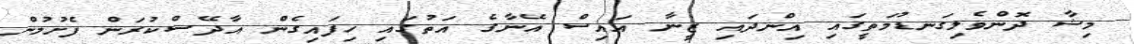
މިޝާ ދޮންވެލިގަނޑުމަތީގައި އިންދައި ޒީނާ އައިސް އޭނާގެ އަތުގައި ހިފައިގެން އާދޭސްކުރަން ފެށުމުން